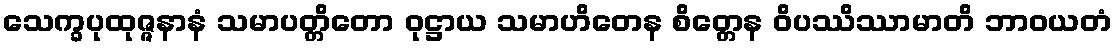
သေက္ခပုထုဇ္ဇနာနံ သမာပတ္တိတော ဝုဋ္ဌာယ သမာဟိတေန စိတ္တေန ဝိပဿိဿာမာတိ ဘာဝယတံ